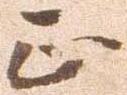
正